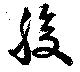
腹